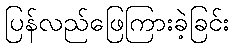
ပြန်လည်ဖြေကြားခဲ့ခြင်း